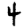
Digit: 4